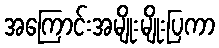
အကြောင်းအမျိုးမျိုးပြကာ